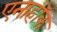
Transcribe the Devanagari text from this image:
एनाहॉक